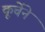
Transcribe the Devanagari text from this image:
कूर्चेने